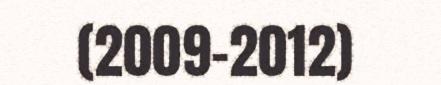
(2009-2012)